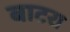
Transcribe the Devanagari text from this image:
बाटरा